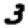
Digit: 3